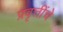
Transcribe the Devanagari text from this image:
प्रवृत्तींचे